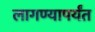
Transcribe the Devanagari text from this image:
लागण्यापर्यंत